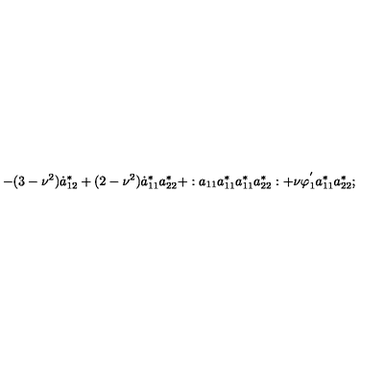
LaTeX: - ( 3 - \nu ^ { 2 } ) \dot { a } _ { 1 2 } ^ { * } + ( 2 - \nu ^ { 2 } ) \dot { a } _ { 1 1 } ^ { * } a _ { 2 2 } ^ { * } + : a _ { 1 1 } a _ { 1 1 } ^ { * } a _ { 1 1 } ^ { * } a _ { 2 2 } ^ { * } : + \nu \varphi _ { 1 } ^ { ' } a _ { 1 1 } ^ { * } a _ { 2 2 } ^ { * } ;